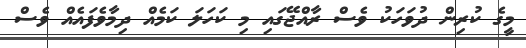
މީގެ ކުރިން ދުވަހަކު ވެސް ރާއްޖޭގައި މި ކަހަލަ ކަމެއް ދިމާވެފައެއް ވެސް